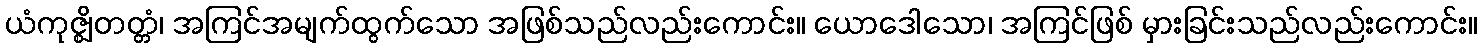
ယံကုဇ္ဈိတတ္တံ၊ အကြင်အမျက်ထွက်သော အဖြစ်သည်လည်းကောင်း။ ယောဒေါသော၊ အကြင်ဖြစ် မှားခြင်းသည်လည်းကောင်း။